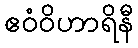
ဧဝံဝိဟာရိနီ